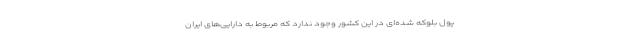
پول بلوکه شده‌ای در این کشور وجود ندارد که مربوط به دارایی‌های ایران